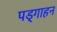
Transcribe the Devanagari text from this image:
पड्गाहन